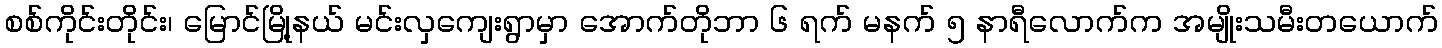
စစ်ကိုင်းတိုင်း၊ မြောင်မြို့နယ် မင်းလှကျေးရွာမှာ အောက်တိုဘာ ၆ ရက် မနက် ၅ နာရီလောက်က အမျိုးသမီးတယောက်